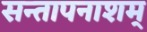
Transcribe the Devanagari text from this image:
सन्तापनाशम्